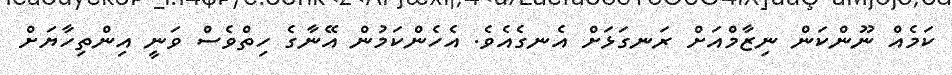
ކަމެއް ނޫންކަން ނިޒާމްއަށް ރަނގަޅަށް އެނގެއެވެ. އެހެންކަމުން އޭނާގެ ހިތްވެސް ވަނީ އިންތިހާޔަށް